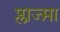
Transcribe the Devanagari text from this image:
प्लाज्म़ा